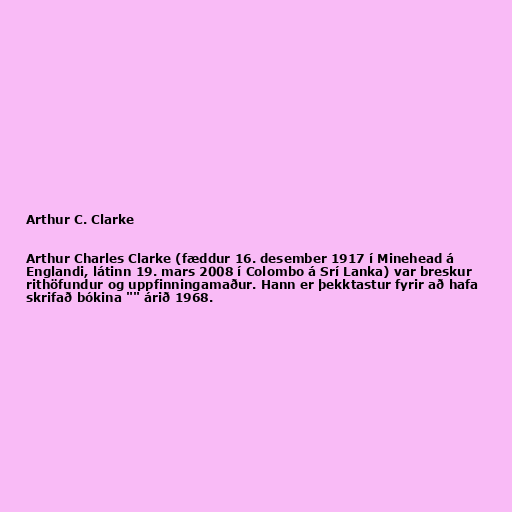
Arthur C. Clarke

Arthur Charles Clarke (fæddur 16. desember 1917 í Minehead á
Englandi, látinn 19. mars 2008 í Colombo á Srí Lanka) var breskur
rithöfundur og uppfinningamaður. Hann er þekktastur fyrir að hafa
skrifað bókina "" árið 1968.